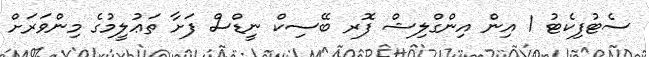
ސެޓުފިކެޓު 1 އިން އިންގްލިޝް ފޮރ ބޭސިކް ނީޑްސް ފަށާ ތަޢުލީމުގެ މިންވަރަށް